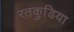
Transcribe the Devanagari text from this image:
रतकुडि़या